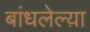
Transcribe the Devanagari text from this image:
बांधलेल्य़ा